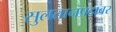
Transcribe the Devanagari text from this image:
सुलतानपदावर